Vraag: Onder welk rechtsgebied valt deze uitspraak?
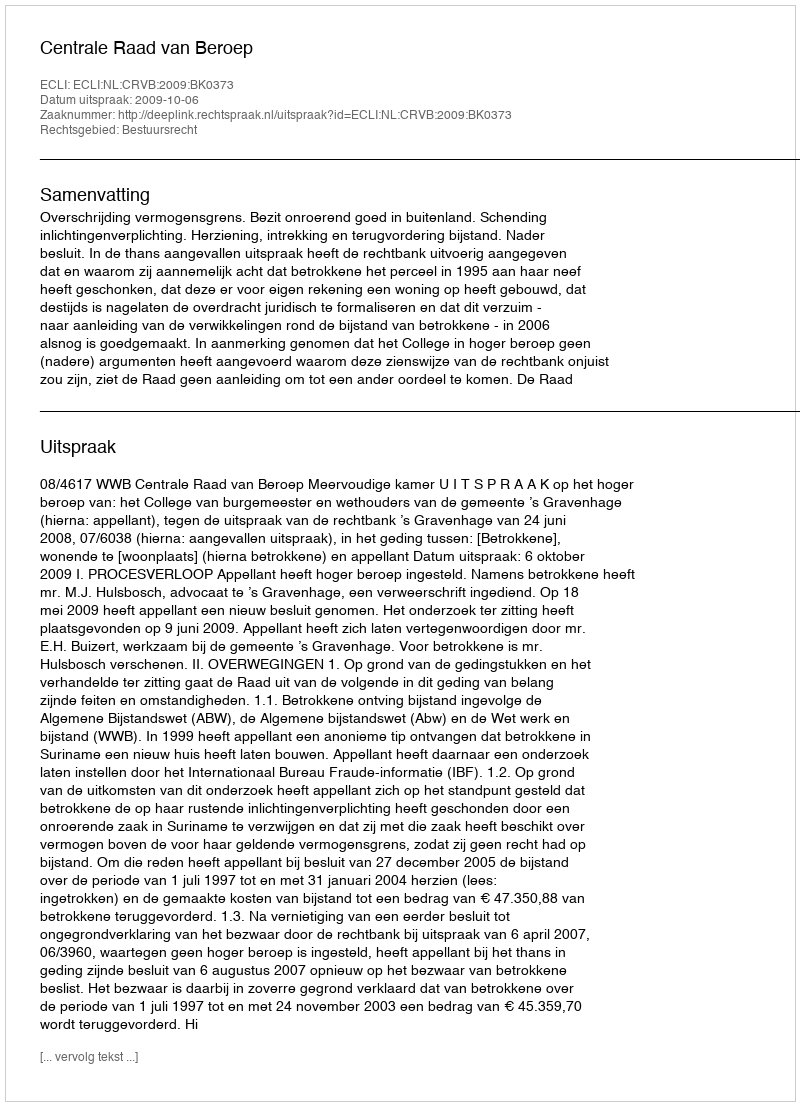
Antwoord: Bestuursrecht